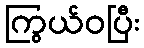
ကြွယ်ဝပြီး